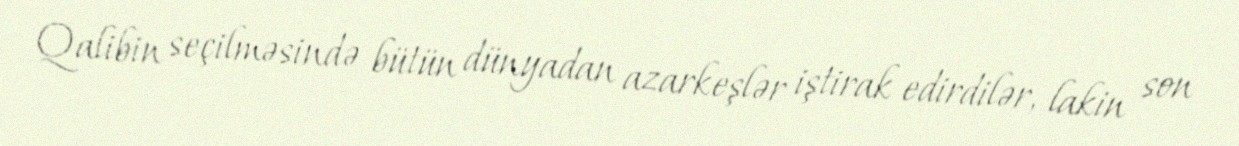
Qalibin seçilməsində bütün dünyadan azarkeşlər iştirak edirdilər, lakin son